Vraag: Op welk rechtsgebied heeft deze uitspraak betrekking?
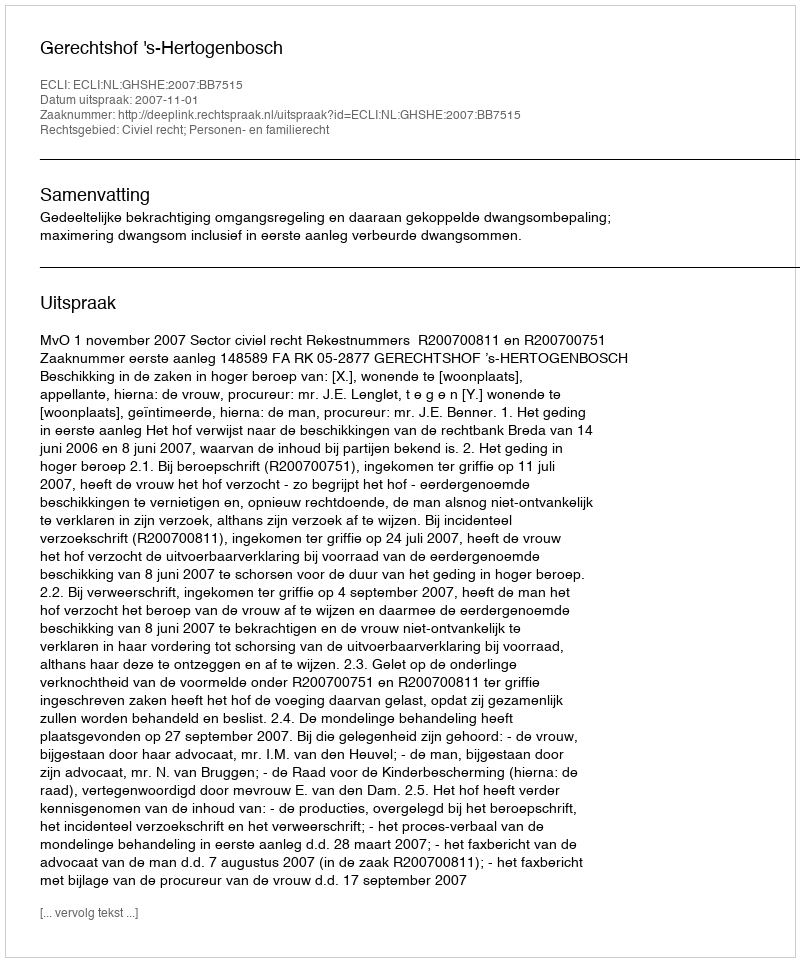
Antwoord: Civiel recht; Personen- en familierecht